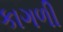
કાગળી